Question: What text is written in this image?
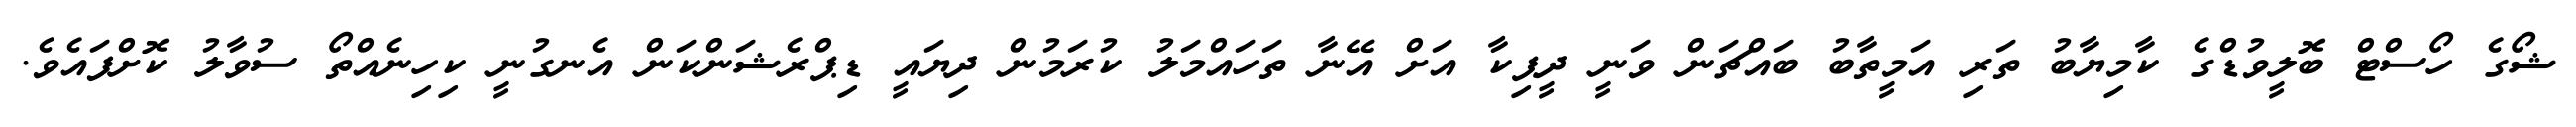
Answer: ޝޯގެ ހޯސްޓް ބޮލީވުޑްގެ ކާމިޔާބު ތަރި އަމީތާބު ބައްޗަން ވަނީ ދީޕިކާ އަށް އޭނާ ތަހައްމަލު ކުރަމުން ދިޔައީ ޑިޕްރެޝަންކަން އެނގުނީ ކިހިނެއްތޯ ސުވާލު ކޮށްފައެވެ.